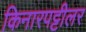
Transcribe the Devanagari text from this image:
किनारपट्टीलर